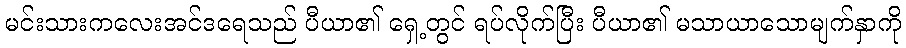
မင်းသားကလေးအင်ဒရေသည် ပီယာ၏ ရှေ့တွင် ရပ်လိုက်ပြီး ပီယာ၏ မသာယာသောမျက်နှာကို